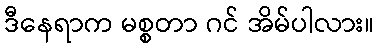
ဒီနေရာက မစ္စတာ ဂင် အိမ်ပါလား။